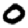
Digit: 0